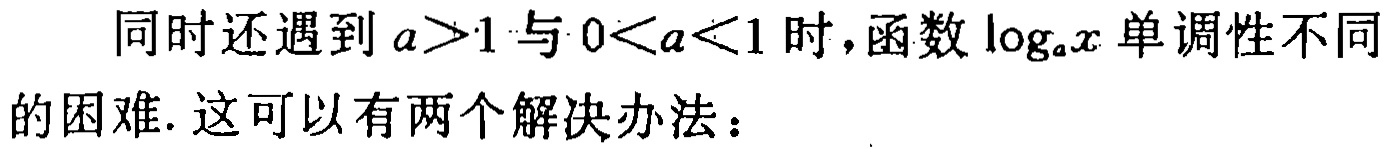
同时还遇到 \(a>1\) 与 \(0<a<1\) 时，函数 \(\log_{a}x\) 单调性不同的困难. 这可以有两个解决办法：